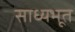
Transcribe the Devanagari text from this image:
साध्यभूत